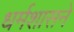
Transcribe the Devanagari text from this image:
धर्मशासने